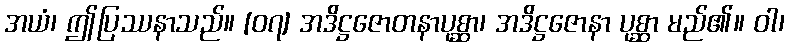
အယံ၊ ဤပြဿနာသည်။ [၀၇] အဒိဋ္ဌဇောတနာပုစ္ဆာ၊ အဒိဋ္ဌဇောနာ ပုစ္ဆာ မည်၏။ ဝါ၊